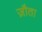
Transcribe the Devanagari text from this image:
ज़ौता